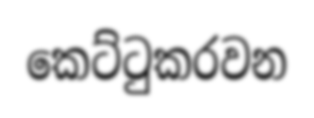
කෙට්ටුකරවන